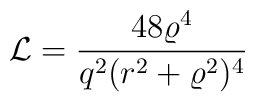
{\cal L}=\frac{48\varrho^4}{q^2(r^2+\varrho^2)^4}